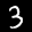
Label: 3